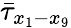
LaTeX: \bar{\tau}_{x_{1}-x_{9}}